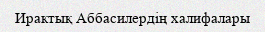
Ирактық Аббасилердің халифалары